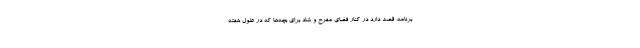
برنامه، قصد دارد در کنار فضای مفرح و شاد برای بچه‌ها که در طول هفته